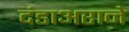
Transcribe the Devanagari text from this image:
दंडाअराने